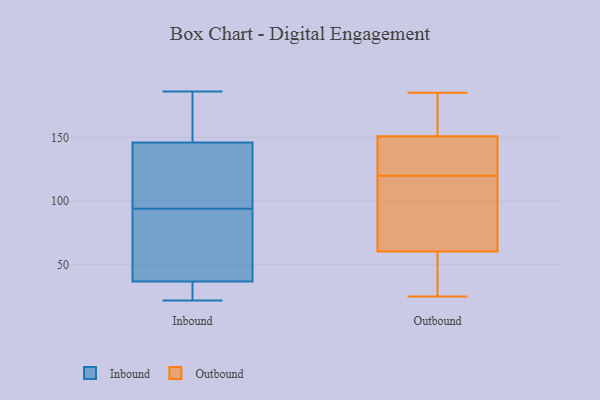
{"axis": {"x": "Page Views", "y": "Value"}, "legend": ["Inbound", "Outbound"], "data": [{"x": "", "y": 23, "type": "Inbound"}, {"x": "", "y": 22, "type": "Inbound"}, {"x": "", "y": 149, "type": "Inbound"}, {"x": "", "y": 60, "type": "Inbound"}, {"x": "", "y": 137, "type": "Inbound"}, {"x": "", "y": 186, "type": "Inbound"}, {"x": "", "y": 94, "type": "Inbound"}, {"x": "", "y": 178, "type": "Inbound"}, {"x": "", "y": 137, "type": "Inbound"}, {"x": "", "y": 76, "type": "Inbound"}, {"x": "", "y": 29, "type": "Inbound"}, {"x": "", "y": 124, "type": "Outbound"}, {"x": "", "y": 185, "type": "Outbound"}, {"x": "", "y": 137, "type": "Outbound"}, {"x": "", "y": 116, "type": "Outbound"}, {"x": "", "y": 47, "type": "Outbound"}, {"x": "", "y": 166, "type": "Outbound"}, {"x": "", "y": 145, "type": "Outbound"}, {"x": "", "y": 74, "type": "Outbound"}, {"x": "", "y": 155, "type": "Outbound"}, {"x": "", "y": 114, "type": "Outbound"}, {"x": "", "y": 44, "type": "Outbound"}, {"x": "", "y": 78, "type": "Outbound"}, {"x": "", "y": 25, "type": "Outbound"}, {"x": "", "y": 185, "type": "Outbound"}, {"x": "", "y": 41, "type": "Outbound"}, {"x": "", "y": 147, "type": "Outbound"}]}